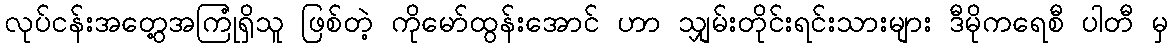
လုပ်ငန်းအတွေ့အကြုံရှိသူ ဖြစ်တဲ့ ကိုမော်ထွန်းအောင် ဟာ သျှမ်းတိုင်းရင်းသားများ ဒီမိုကရေစီ ပါတီ မှ